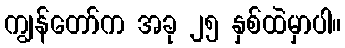
ကျွန်တော်က အခု ၂၅ နှစ်ထဲမှာပါ။